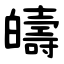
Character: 㿧